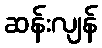
ဆန်းလျန်